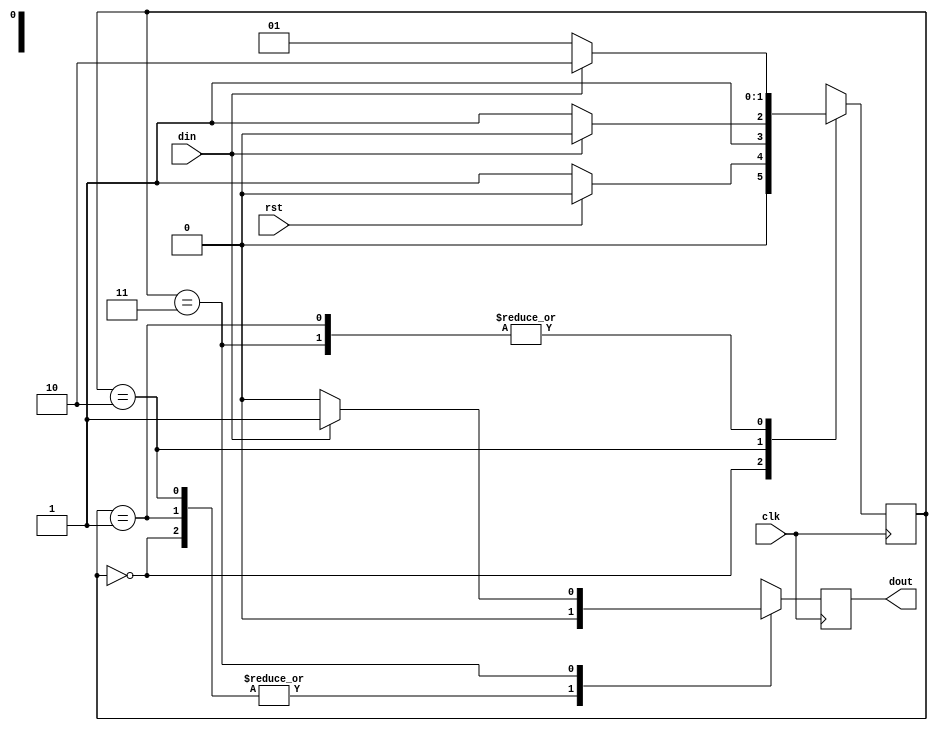
`timescale 1ns / 1ps

module main(
    input clk,rst,din,
    output reg dout
    );
    
    parameter idle=0;
    parameter s0=1;
    parameter s1=2;
    parameter s2=3;
        
    reg[1:0]state=idle;
    
    always@(posedge clk)
    begin
        case(state)
        
        idle:begin
             if(rst)begin
             state<=idle;
             dout<=1'b0;
             end
             else begin
             state<=s0;
             dout<=1'b0;
             end
             end
        
        s0:begin
           if(din)begin
           state<=s1;
           dout<=1'b0;
           end
           else begin
           state<=s0;
           dout<=1'b0;
           end
           end
           
        s1:begin
           if(~din)begin
           state<=s2;
           dout<=1'b0;
           end
           else begin
           state<=s1;
           dout<=1'b0;
           end
           end
        
        s2:begin
           if(din)begin
           state<=s1;
           dout<=1'b1;
           end
           else begin
           state<=s0;
           dout<=1'b0;
           end
           end
        
        default:begin
                state<=idle;
                dout<=1'b0;
                end
           
        endcase
          
    end
endmodule